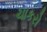
ચાકરો